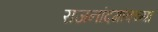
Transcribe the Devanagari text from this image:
राजनांदगांवच्या